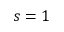
s = 1